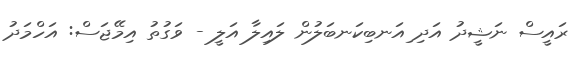
ރައީސް ނަޝީދު އަދި ިއަނބިކަނބަލުން ލައިލާ އަލީ - ވަގުތު އިމޭޖަސް: އަހްމަދު